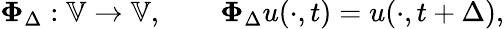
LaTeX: {\mathbf\Phi}_{\Delta}:\mathbb V\to\mathbb V,\qquad{\mathbf\Phi}_{\Delta}u(\cdot,t)=u(\cdot,t+\Delta),